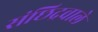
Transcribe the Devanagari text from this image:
संछिद्रवाले